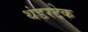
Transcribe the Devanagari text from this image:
थंडरटेक